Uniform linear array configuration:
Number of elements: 8
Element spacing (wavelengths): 0.25
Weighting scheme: kaiser
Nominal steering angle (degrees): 60
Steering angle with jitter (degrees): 61.227
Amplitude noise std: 0.05
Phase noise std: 0.05

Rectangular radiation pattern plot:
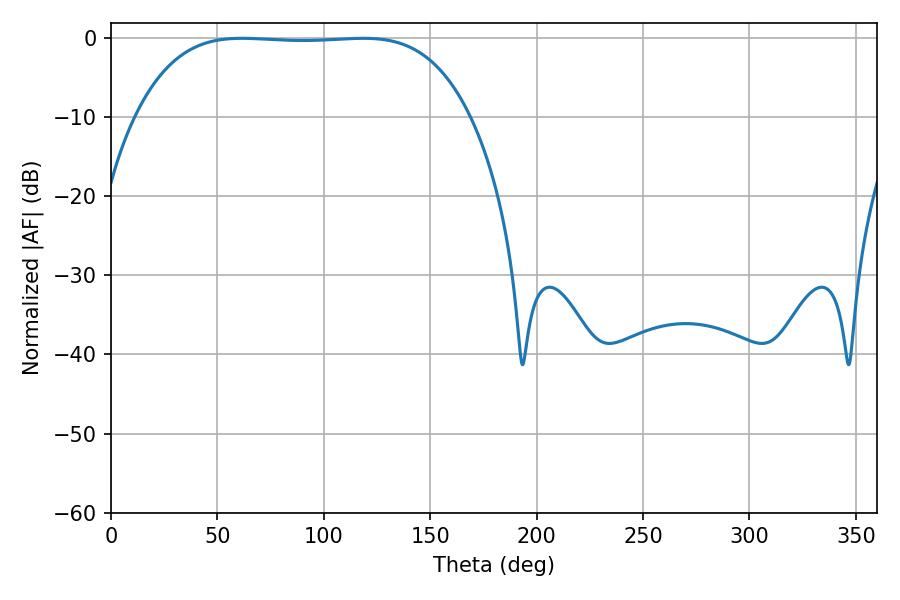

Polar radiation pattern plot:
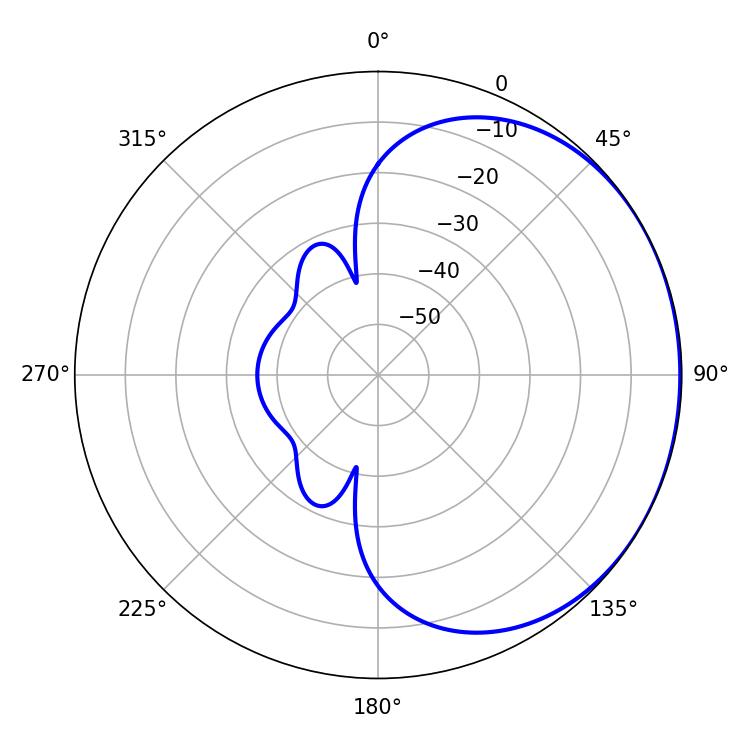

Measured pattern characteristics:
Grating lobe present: FALSE
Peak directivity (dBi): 0.7771
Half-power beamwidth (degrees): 121.68
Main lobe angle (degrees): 61.56